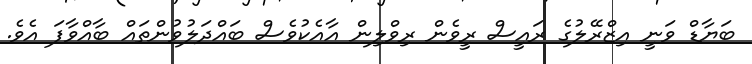
ބަޔާޑް ވަނީ އިޒްރޭލުގެ ރައީސް ރީވެން ރިވްލިން އާއެކުވެސް ބައްދަލުވުންތައް ބާއްވާފަ އެވެ.